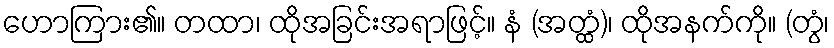
ဟောကြား၏။ တထာ၊ ထိုအခြင်းအရာဖြင့်။ နံ (အတ္ထံ)၊ ထိုအနက်ကို။ (တွံ၊